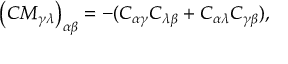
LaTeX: \left( C M _ { \gamma \lambda } \right) _ { \alpha \beta } = - ( C _ { \alpha \gamma } C _ { \lambda \beta } + C _ { \alpha \lambda } C _ { \gamma \beta } ) ,